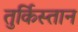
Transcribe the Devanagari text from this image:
तुर्किस्‍तान